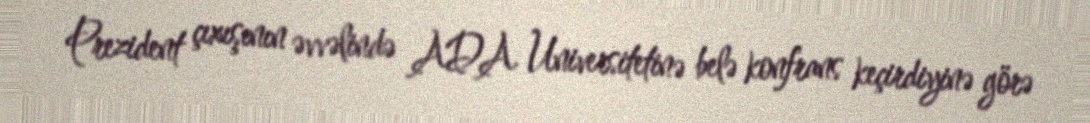
Prezident çıxışının əvvəlində ADA Universitetinə belə konfrans keçirdiyinə görə